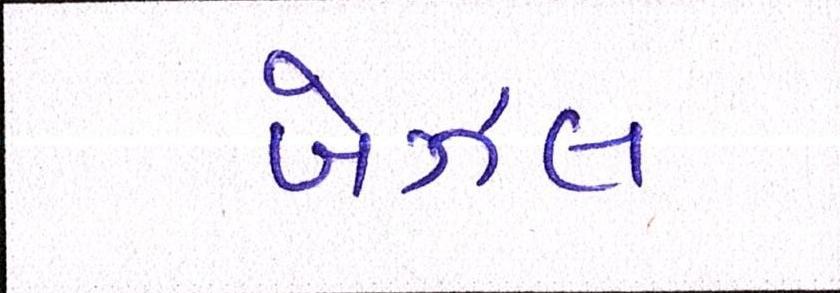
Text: બેઝલ